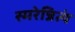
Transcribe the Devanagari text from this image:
स्मरेन्नित्यं